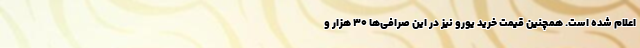
اعلام شده است. همچنین قیمت خرید یورو نیز در این صرافی‌ها ۳۰ هزار و